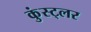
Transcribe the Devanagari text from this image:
कुंस्ट्लर